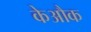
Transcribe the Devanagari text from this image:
केऔक